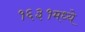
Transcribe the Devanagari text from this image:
१६३१मध्ये